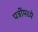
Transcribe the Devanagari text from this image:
पत्रींमध्ये